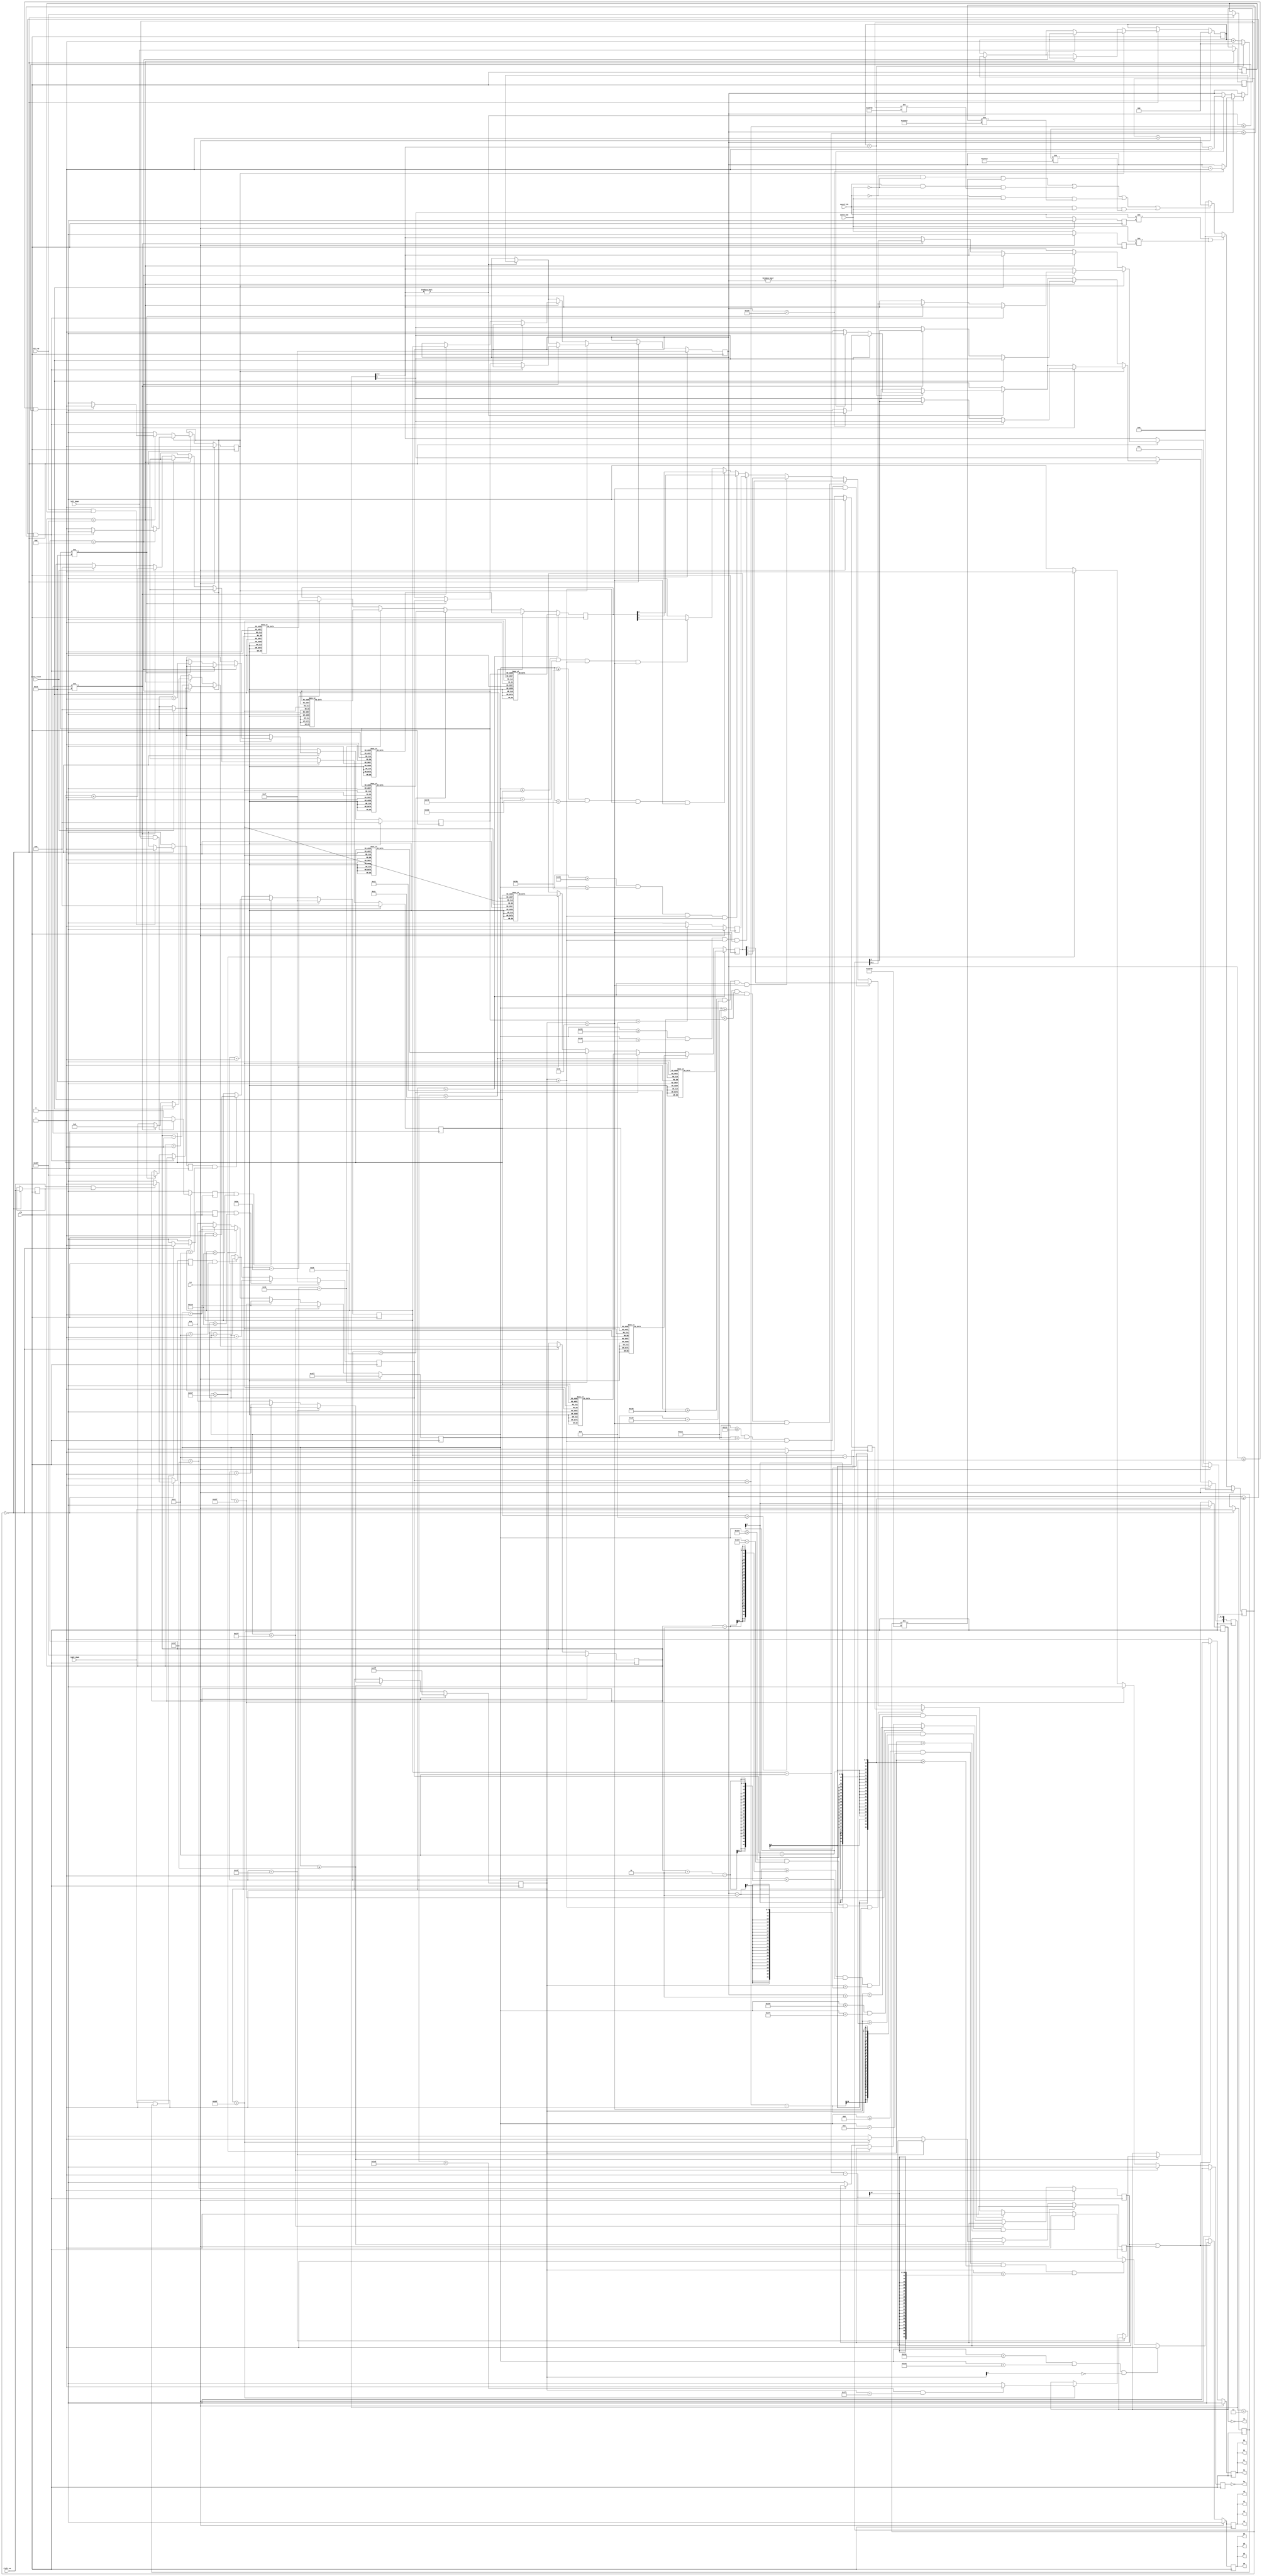

module vga(
	   input  clk,
	   input  rst,
           input  left_up,
           input  left_down,
           input  right_up,
           input  right_down,
           input  score_reset,
           input  speed_lsb,
           input  speed_msb,
	   output r0,
	   output r1,
	   output r2,
	   output r3,
	   output g0,
	   output g1,
	   output g2,
	   output g3,
	   output b0,
	   output b1,
	   output b2,
	   output b3,
	   output hs,
	   output vs
	   );

   localparam	  h_visible    = 640 - 1;
   localparam	  h_frontporch = 640 + 16 - 1;
   localparam	  h_sync       = 640 + 16 + 96 - 1;
   localparam	  h_backporch  = 640 + 16 + 96 + 48 - 1;

   // while h_sync is being sent, vertical counts h_sync pulses, for
   // porch and sync, it counts clocks
   localparam	  v_visible    = 480 - 1;
   localparam	  v_frontporch = 480 + 14 - 1;
   localparam	  v_sync       = 480 + 14 + 3 - 1;
   localparam	  v_backporch  = 480 + 14 + 3 + 31 - 1;

   localparam	  paddle_size_v = 40;
   localparam	  paddle_size_h = 6;

   localparam	  paddle_l_pos_h    = 15 - 1;
   localparam	  paddle_r_pos_h    = 625 - 1;
   
   localparam	  ball_size_v = 4;
   localparam	  ball_size_h = 4;

   localparam	  score_pos_v       = 20 - 1;  // 20-69
   localparam	  score_l_pos_h     = 255 - 1; // 255-304
   localparam	  score_r_pos_h     = 335 - 1; // 335-384
   localparam	  score_unit        = 10;
   
   wire		  blank;
   reg		  blank_h;
   reg		  blank_v;

   assign blank = (blank_h | blank_v);

   // 2^10  = 1024
   reg [9:0]	  count_h;
   reg [9:0]	  count_v;
   
   reg [8:0]	  paddle_l_pos_v;
   reg [8:0]	  paddle_r_pos_v;

   reg [9:0]	  ball_pos_h;
   reg [8:0]	  ball_pos_v;
   reg		  ball_motion_l;
   reg [2:0]	  ball_ratio;
   reg [3:0]	  ball_angle; // msb is up(1)/down(0)

   reg [4:0]	  score_l;
   reg [2:0]	  score_l_unit_pixels;
   reg		  score_l_ten_enable;
   reg [4:0]	  score_r;
   reg [2:0]	  score_r_unit_pixels;
   reg		  score_r_ten_enable;
   
   reg		  red;
   reg		  grn;
   reg		  blu;
   wire		  fg;
   wire		  bg;
   reg		  hs_out;
   reg		  vs_out;

   reg		  left_up_1d;
   reg		  left_down_1d;
   reg		  right_up_1d;
   reg		  right_down_1d;

   reg		  left_up_pressed;
   reg		  left_down_pressed;
   reg		  right_up_pressed;
   reg		  right_down_pressed;
   reg [24:0]	  interval_counter;

   reg	  speed_lsb_1d;
   reg	  speed_msb_1d;
   
   assign r0 = red;
   assign r1 = red;
   assign r2 = red;
   assign r3 = red;
   assign b0 = blu;
   assign b1 = blu;
   assign b2 = blu;
   assign b3 = blu;
   assign g0 = grn;
   assign g1 = grn;
   assign g2 = grn;
   assign g3 = grn;
   assign hs = !hs_out;
   assign vs = !vs_out;

   always @ (posedge clk) begin
      if (rst) begin
	 red <= 1'b0;
	 grn <= 1'b0;
	 blu <= 1'b0;
      end else begin
	 red <= fg;
	 grn <= fg;
	 blu <= bg;
      end
   end

   assign bg  = (blank) ? 1'b0 : 1'b1;

   assign fg  = (blank) ? 1'b0 :
		// outline (DEBUG)
		// (count_h == 0 || count_h == 639 || count_v == 0 | count_v == 479) ? 1'b1 :
                // dashed net down the centre
                (count_h > 317-1 && count_h < 323-1 && count_v[4] == 1'b0) ? 1'b1 :
                // left paddle
                (count_h >= paddle_l_pos_h-paddle_size_h && count_h < paddle_l_pos_h && count_v >= (paddle_l_pos_v-paddle_size_v/2) && count_v < (paddle_l_pos_v+paddle_size_v/2)-1) ? 1'b1 :
                // right paddle
                (count_h >= paddle_r_pos_h && count_h < paddle_r_pos_h+paddle_size_h && count_v >= (paddle_r_pos_v-paddle_size_v/2) && count_v < (paddle_r_pos_v+paddle_size_v/2)-1) ? 1'b1 :
                // ball
                (count_h >= (ball_pos_h-ball_size_h/2) && count_h < (ball_pos_h+ball_size_h/2)-1 && count_v > (ball_pos_v-ball_size_v/2) && count_v < (ball_pos_v+ball_size_v/2)) ? 1'b1 :
                // left score ten digit
                (count_h >= score_l_pos_h+5+0*score_unit && count_h < score_l_pos_h+5+1*score_unit && count_v >= score_pos_v+0*score_unit && count_v < score_pos_v+5*score_unit) ? score_l_ten_enable :
                // left score unit digit
                (count_h >= score_l_pos_h+20+0*score_unit && count_h < score_l_pos_h+20+1*score_unit && count_v >= score_pos_v+0*score_unit && count_v < score_pos_v+5*score_unit) ? score_l_unit_pixels[2] :
                (count_h >= score_l_pos_h+20+1*score_unit && count_h < score_l_pos_h+20+2*score_unit && count_v >= score_pos_v+0*score_unit && count_v < score_pos_v+5*score_unit) ? score_l_unit_pixels[1] :
                (count_h >= score_l_pos_h+20+2*score_unit && count_h < score_l_pos_h+20+3*score_unit && count_v >= score_pos_v+0*score_unit && count_v < score_pos_v+5*score_unit) ? score_l_unit_pixels[0] :
                // right score ten digit
                (count_h >= score_r_pos_h+5+0*score_unit && count_h < score_r_pos_h+5+1*score_unit && count_v >= score_pos_v+0*score_unit && count_v < score_pos_v+5*score_unit) ? score_r_ten_enable :
                // right score unit digit
                (count_h >= score_r_pos_h+20+0*score_unit && count_h < score_r_pos_h+20+1*score_unit && count_v >= score_pos_v+0*score_unit && count_v < score_pos_v+5*score_unit) ? score_r_unit_pixels[2] :
                (count_h >= score_r_pos_h+20+1*score_unit && count_h < score_r_pos_h+20+2*score_unit && count_v >= score_pos_v+0*score_unit && count_v < score_pos_v+5*score_unit) ? score_r_unit_pixels[1] :
                (count_h >= score_r_pos_h+20+2*score_unit && count_h < score_r_pos_h+20+3*score_unit && count_v >= score_pos_v+0*score_unit && count_v < score_pos_v+5*score_unit) ? score_r_unit_pixels[0] :
                // background
                1'b0;

   // Horizontal
   always @ (posedge clk) begin
      hs_out           <= 1'b0;
      if (rst) begin
	 count_h <= 10'b11_1111_1111;
	 blank_h <= 1'b1;
      end else if (count_h < h_visible) begin
	 // horizontal visible
	 count_h <= count_h + 1;
      end else if (count_h < h_frontporch) begin
	 // horizontal front porch
	 count_h <= count_h + 1;
	 blank_h <= 1'b1;
      end else if (count_h < h_sync) begin
	 // horizontal sync
	 count_h <= count_h + 1;
	 hs_out <= 1'b1;
      end else if (count_h < h_backporch) begin
	 // horizontal back porch
	 count_h <= count_h + 1;
      end else begin
	 count_h <= 0;
	 blank_h <= 1'b0;
      end
   end

   // Vertical
   always @ (posedge clk) begin
      if (rst) begin
	 count_v              <= 10'b1_1111_1111;
	 blank_v              <= 1'b1;
	 vs_out               <= 1'b0;
      end else if (count_h >= h_backporch) begin
	 if (count_v < v_visible) begin
            // vertical visible
            count_v <= count_v + 1;
	 end else if (count_v < v_backporch) begin
            count_v <= count_v + 1;
            blank_v <= 1'b1;
            if (count_v > v_frontporch && count_v < v_sync) begin
               vs_out <= 1'b1;
            end else begin
               vs_out <= 1'b0;
            end
	 end else begin
            count_v <= 0;
            blank_v <= 1'b0;
	 end
      end
   end

   // counter
   always @ (posedge clk) begin
      if (rst) begin
	 interval_counter <= 0;
	 speed_msb_1d <= 1'b0;
	 speed_lsb_1d <= 1'b0;
      end else begin
	 speed_msb_1d <= speed_msb;
	 speed_lsb_1d <= speed_lsb;
	 if (speed_lsb != speed_lsb_1d || speed_msb != speed_msb_1d) begin
	    interval_counter <= 0;
	 end else if (speed_lsb == 1'b0 && speed_msb == 1'b0 && interval_counter != 251750 ||
             speed_lsb == 1'b1 && speed_msb == 1'b0 && interval_counter != 251750*6/9 ||
             speed_lsb == 1'b0 && speed_msb == 1'b1 &&  interval_counter != 251750*4/9 ||
             speed_lsb == 1'b1 && speed_msb == 1'b1 &&  interval_counter != 251750*3/9) begin
            interval_counter <= interval_counter + 1;
	 end else begin
            interval_counter <= 0;
	 end
      end
   end
   
   // paddle debounce
   always @ (posedge clk) begin
      begin
	 left_up_pressed    <= 1'b0;
	 left_down_pressed  <= 1'b0;
	 right_up_pressed   <= 1'b0;
	 right_down_pressed <= 1'b0;
	 // 100ms debounce/repeat
	 if (interval_counter == 0) begin
            left_up_1d       <= left_up;
            left_down_1d     <= left_down;
            right_up_1d      <= right_up;
            right_down_1d    <= right_down;
            if (left_up && left_up_1d) begin
               left_up_pressed <= 1'b1;
            end
            if (left_down && left_down_1d) begin
               left_down_pressed <= 1'b1;
            end
            if (right_up && right_up_1d) begin
               right_up_pressed <= 1'b1;
            end
            if (right_down && right_down_1d) begin
               right_down_pressed <= 1'b1;
            end
	 end
      end
   end

   // paddle logic
   always @ (posedge clk) begin
      if (rst) begin
	 paddle_l_pos_v <= v_visible/2;
	 paddle_r_pos_v <= v_visible/2;
      end else begin
	 if (left_up_pressed && paddle_l_pos_v > paddle_size_v/2) begin
            paddle_l_pos_v <= paddle_l_pos_v - 1;
	 end
	 if (left_down_pressed && paddle_l_pos_v < v_visible - paddle_size_v/2) begin
            paddle_l_pos_v <= paddle_l_pos_v + 1;
	 end
	 if (right_up_pressed && paddle_r_pos_v > paddle_size_v/2) begin
            paddle_r_pos_v <= paddle_r_pos_v - 1;
	 end
	 if (right_down_pressed && paddle_r_pos_v < v_visible - paddle_size_v/2) begin
            paddle_r_pos_v <= paddle_r_pos_v + 1;
	 end
      end
   end

   // score pixels
   always @ (posedge clk) begin
      if (rst) begin
	 score_l_ten_enable <= 1'b0;
	 score_r_ten_enable <= 1'b0;
      end else begin
	 if (score_l > 9) begin
	    score_l_ten_enable <= 1'b1;
	 end else begin
	    score_l_ten_enable <= 1'b0;
	 end
	 if (score_r > 9) begin
	    score_r_ten_enable <= 1'b1;
	 end else begin
	    score_r_ten_enable <= 1'b0;
	 end
      end
      if (count_v == score_pos_v+0*score_unit-1) begin
	 // first row
	 case(score_l)
           0,10: score_l_unit_pixels       <= 3'b111;
           1,11: score_l_unit_pixels       <= 3'b010;
           2,12: score_l_unit_pixels       <= 3'b111;
           3,13: score_l_unit_pixels       <= 3'b111;
           4,14: score_l_unit_pixels       <= 3'b101;
           5,15: score_l_unit_pixels       <= 3'b111;
           6,16: score_l_unit_pixels       <= 3'b111;
           7,17: score_l_unit_pixels       <= 3'b111;
           8,18: score_l_unit_pixels       <= 3'b111;
	   default: score_l_unit_pixels <= 3'b111;
	 endcase
	 case(score_r)
           0,10: score_r_unit_pixels       <= 3'b111;
           1,11: score_r_unit_pixels       <= 3'b010;
           2,12: score_r_unit_pixels       <= 3'b111;
           3,13: score_r_unit_pixels       <= 3'b111;
           4,14: score_r_unit_pixels       <= 3'b101;
           5,15: score_r_unit_pixels       <= 3'b111;
           6,16: score_r_unit_pixels       <= 3'b111;
           7,17: score_r_unit_pixels       <= 3'b111;
           8,18: score_r_unit_pixels       <= 3'b111;
	   default: score_r_unit_pixels    <= 3'b111;
	 endcase
      end else if (count_v == score_pos_v+1*score_unit-1) begin
	 case(score_l)
           0,10: score_l_unit_pixels       <= 3'b101;
           1,11: score_l_unit_pixels       <= 3'b010;
           2,12: score_l_unit_pixels       <= 3'b001;
           3,13: score_l_unit_pixels       <= 3'b001;
           4,14: score_l_unit_pixels       <= 3'b101;
           5,15: score_l_unit_pixels       <= 3'b100;
           6,16: score_l_unit_pixels       <= 3'b100;
           7,17: score_l_unit_pixels       <= 3'b001;
           8,18: score_l_unit_pixels       <= 3'b101;
           default: score_l_unit_pixels    <= 3'b101;
	 endcase
	 case(score_r)
           0,10: score_r_unit_pixels       <= 3'b101;
           1,11: score_r_unit_pixels       <= 3'b010;
           2,12: score_r_unit_pixels       <= 3'b001;
           3,13: score_r_unit_pixels       <= 3'b001;
           4,14: score_r_unit_pixels       <= 3'b101;
           5,15: score_r_unit_pixels       <= 3'b100;
           6,16: score_r_unit_pixels       <= 3'b100;
           7,17: score_r_unit_pixels       <= 3'b001;
           8,18: score_r_unit_pixels       <= 3'b101;
	   default: score_r_unit_pixels    <= 3'b101;
	 endcase
      end else if (count_v == score_pos_v+2*score_unit-1) begin
	 case(score_l)
           0,10: score_l_unit_pixels       <= 3'b101;
           1,11: score_l_unit_pixels       <= 3'b010;
           2,12: score_l_unit_pixels       <= 3'b111;
           3,13: score_l_unit_pixels       <= 3'b111;
           4,14: score_l_unit_pixels       <= 3'b111;
           5,15: score_l_unit_pixels       <= 3'b111;
           6,16: score_l_unit_pixels       <= 3'b111;
           7,17: score_l_unit_pixels       <= 3'b001;
           8,18: score_l_unit_pixels       <= 3'b111;
           default: score_l_unit_pixels    <= 3'b111;
	 endcase
	 case(score_r)
           0,10: score_r_unit_pixels       <= 3'b101;
           1,11: score_r_unit_pixels       <= 3'b010;
           2,12: score_r_unit_pixels       <= 3'b111;
           3,13: score_r_unit_pixels       <= 3'b111;
           4,14: score_r_unit_pixels       <= 3'b111;
           5,15: score_r_unit_pixels       <= 3'b111;
           6,16: score_r_unit_pixels       <= 3'b111;
           7,17: score_r_unit_pixels       <= 3'b001;
           8,18: score_r_unit_pixels       <= 3'b111;
           default: score_r_unit_pixels    <= 3'b111;
	 endcase
      end else if (count_v == score_pos_v+3*score_unit-1) begin
	 case(score_l)
           0,10: score_l_unit_pixels       <= 3'b101;
           1,11: score_l_unit_pixels       <= 3'b010;
           2,12: score_l_unit_pixels       <= 3'b100;
           3,13: score_l_unit_pixels       <= 3'b001;
           4,14: score_l_unit_pixels       <= 3'b001;
           5,15: score_l_unit_pixels       <= 3'b001;
           6,16: score_l_unit_pixels       <= 3'b101;
           7,17: score_l_unit_pixels       <= 3'b001;
           8,18: score_l_unit_pixels       <= 3'b101;
           default: score_l_unit_pixels    <= 3'b001;
	 endcase
	 case(score_r)
           0,10: score_r_unit_pixels       <= 3'b101;
           1,11: score_r_unit_pixels       <= 3'b010;
           2,12: score_r_unit_pixels       <= 3'b100;
           3,13: score_r_unit_pixels       <= 3'b001;
           4,14: score_r_unit_pixels       <= 3'b001;
           5,15: score_r_unit_pixels       <= 3'b001;
           6,16: score_r_unit_pixels       <= 3'b101;
           7,17: score_r_unit_pixels       <= 3'b001;
           8,18: score_r_unit_pixels       <= 3'b101;
           default: score_r_unit_pixels    <= 3'b001;
	 endcase
      end else if (count_v == score_pos_v+4*score_unit-1) begin
	 case(score_l)
           0,10: score_l_unit_pixels       <= 3'b111;
           1,11: score_l_unit_pixels       <= 3'b010;
           2,12: score_l_unit_pixels       <= 3'b111;
           3,13: score_l_unit_pixels       <= 3'b111;
           4,14: score_l_unit_pixels       <= 3'b001;
           5,15: score_l_unit_pixels       <= 3'b111;
           6,16: score_l_unit_pixels       <= 3'b111;
           7,17: score_l_unit_pixels       <= 3'b001;
           8,18: score_l_unit_pixels       <= 3'b111;
           default: score_l_unit_pixels    <= 3'b001;
	 endcase
	 case(score_r)
           0,10: score_r_unit_pixels       <= 3'b111;
           1,11: score_r_unit_pixels       <= 3'b010;
           2,12: score_r_unit_pixels       <= 3'b111;
           3,13: score_r_unit_pixels       <= 3'b111;
           4,14: score_r_unit_pixels       <= 3'b001;
           5,15: score_r_unit_pixels       <= 3'b111;
           6,16: score_r_unit_pixels       <= 3'b111;
           7,17: score_r_unit_pixels       <= 3'b001;
           8,18: score_r_unit_pixels       <= 3'b111;
           default: score_r_unit_pixels    <= 3'b001;
	 endcase
      end
   end // score pixels
   
   // ball logic
   always @ (posedge clk) begin
      if (rst) begin
	 ball_pos_v    <= v_visible/2;
	 ball_pos_h    <= paddle_r_pos_h-1;
	 ball_motion_l <= 1'b1;
	 ball_angle    <= 4'b1001;
	 ball_ratio    <= 0;
	 score_l       <= 5'b0;
	 score_r       <= 5'b0;
      end else begin
	 if (score_reset == 1'b1) begin
            score_l <= 5'b0;
            score_r <= 5'b0;
	 end
	 if (interval_counter == 0) begin
            // is the ball moving left
            if (ball_motion_l == 1'b1) begin
               // is the ball in the left paddle column
               if (ball_pos_h == paddle_l_pos_h-1) begin
		  // did the ball hit the left paddle
		  if (ball_pos_v >= paddle_l_pos_v-paddle_size_v/2 && ball_pos_v <= paddle_l_pos_v+paddle_size_v/2) begin
		     // bounce off left paddle
		     ball_motion_l        <= 1'b0;
		  end else if (score_r != 19) begin
		     // right side serves
		     ball_pos_h         <= paddle_r_pos_h-1;
		     ball_pos_v         <= paddle_r_pos_v;
		     score_r            <= score_r + 1;
		     ball_angle         <= ball_angle + 3;  // "random"
		  end
               end else begin
		  // ball is moving left
		  ball_pos_h <= ball_pos_h-1;
		  // vertical motion
		  if (ball_angle[2:0] != 3'b000) begin
		     if (ball_ratio == ball_angle[2:0]) begin
			if (ball_angle[3] == 1'b1) begin
			   if (ball_pos_v < v_visible-1) begin
			      // moving down
			      ball_pos_v <= ball_pos_v+1;
			   end else begin
			      // bounce up
			      ball_angle[3] <= 1'b0;
			   end
			end else begin
			   // moving up
			   if (ball_pos_v != 0) begin
			      ball_pos_v <= ball_pos_v-1;
			   end else begin
			      // bounce down
			      ball_angle[3] <= 1'b1;
			   end
			end
			ball_ratio <= 0;
		     end else begin
			ball_ratio <= ball_ratio+1;
		     end
		  end
               end
            end else begin // if (ball_motion_l == 1'b1)
               // ball is moving right, is the ball in the right paddle column
               if (ball_pos_h == paddle_r_pos_h-1) begin
		  // did the ball hit the right paddle
		  if (ball_pos_v >= paddle_r_pos_v-paddle_size_v/2 && ball_pos_v <= paddle_r_pos_v+paddle_size_v/2) begin
		     // bounce off right paddle
		     ball_motion_l        <= 1'b1;
		  end else if (score_l != 19) begin
		     // left side serves
		     ball_pos_h <= paddle_l_pos_h-1;
		     ball_pos_v <= paddle_l_pos_v;
		     score_l    <= score_l + 1;
		     ball_angle <= ball_angle + 3;  // "random"
		  end
               end else begin
		  // ball is moving right
		  ball_pos_h <= ball_pos_h+1;
		  // vertical motion
		  if (ball_angle[2:0] != 3'b000) begin
		     if (ball_ratio == ball_angle[2:0]) begin
			if (ball_angle[3] == 1'b1) begin
			   if (ball_pos_v < v_visible-1) begin
			      // moving down
			      ball_pos_v <= ball_pos_v+1;
			   end else begin
			      // bounce up
			      ball_angle[3] <= 1'b0;
			   end
			end else begin
			   // moving up
			   if (ball_pos_v != 0) begin
			      ball_pos_v <= ball_pos_v-1;
			   end else begin
			      // bounce down
			      ball_angle[3] <= 1'b1;
			   end
			end
			ball_ratio <= 0;
		     end else begin
			ball_ratio <= ball_ratio+1;
		     end
		  end
               end
            end
	 end
      end
   end
endmodule